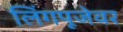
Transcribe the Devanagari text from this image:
लिंगपूजेवर